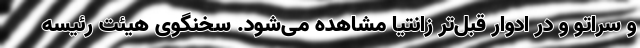
و سراتو و در ادوار قبل‌تر زانتیا مشاهده می‌شود. سخنگوی هیئت رئیسه